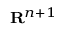
\scriptstyle \mathbf { R } ^ { n + 1 }